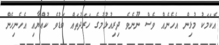
އެކަމަކު މުޅިން އެހެނެއް ވެސް ނޫނެވެ ދިރިއުޅުމުގެ ހަރަދުތައް ބޮޑުވެ ކުއްޔާއި އެހެނިހެން